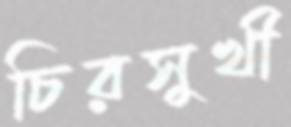
চিরসুখী